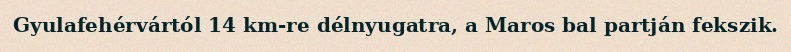
Gyulafehérvártól 14 km-re délnyugatra, a Maros bal partján fekszik.